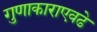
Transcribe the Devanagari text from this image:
गुणाकाराएवढे